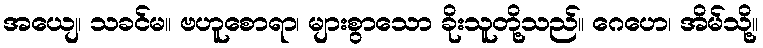
အယျေ၊ သခင်မ။ ဗဟူစောရာ၊ များစွာသော ခိုးသူတို့သည်။ ဂေဟေ၊ အိမ်သို့။